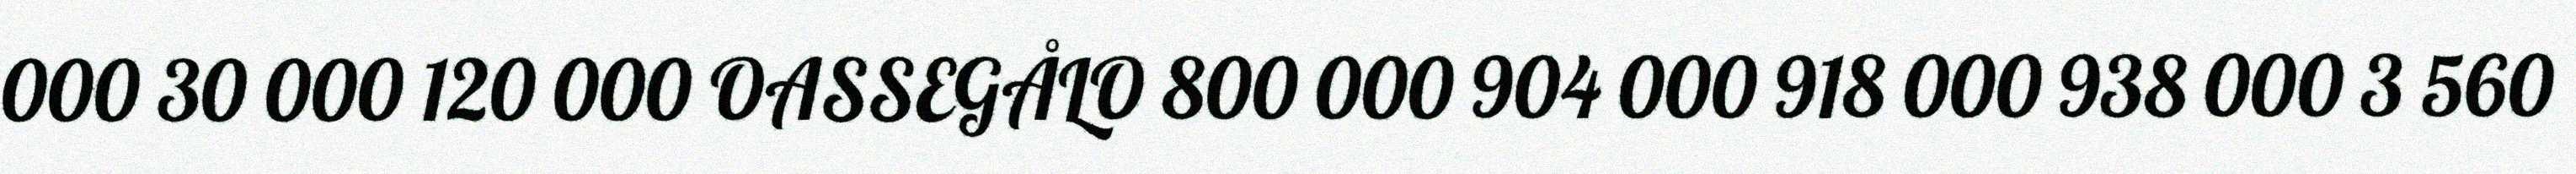
000 30 000 120 000 OASSEGÅLO 800 000 904 000 918 000 938 000 3 560